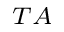
_ { T A }